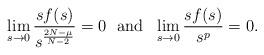
LaTeX: \begin{align*} \lim_{s\to0}\frac{sf(s)}{s^{\frac{2N-\mu}{N-2}}}=0\ \ \hbox{and}\ \ \lim_{s\to0}\frac{sf(s)}{s^p}=0.\end{align*}